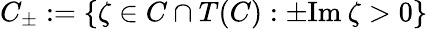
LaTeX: C_{\pm}:=\{ \zeta\in C\cap T(C):\pm\mathrm{Im}\: \zeta>0\}